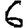
Digit: 6